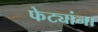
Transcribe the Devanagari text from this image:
फेट्यांना